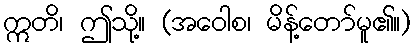
ဣတိ၊ ဤသို့။ (အဝေါစ၊ မိန့်တော်မူ၏။)